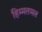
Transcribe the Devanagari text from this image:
हिम्मतमल